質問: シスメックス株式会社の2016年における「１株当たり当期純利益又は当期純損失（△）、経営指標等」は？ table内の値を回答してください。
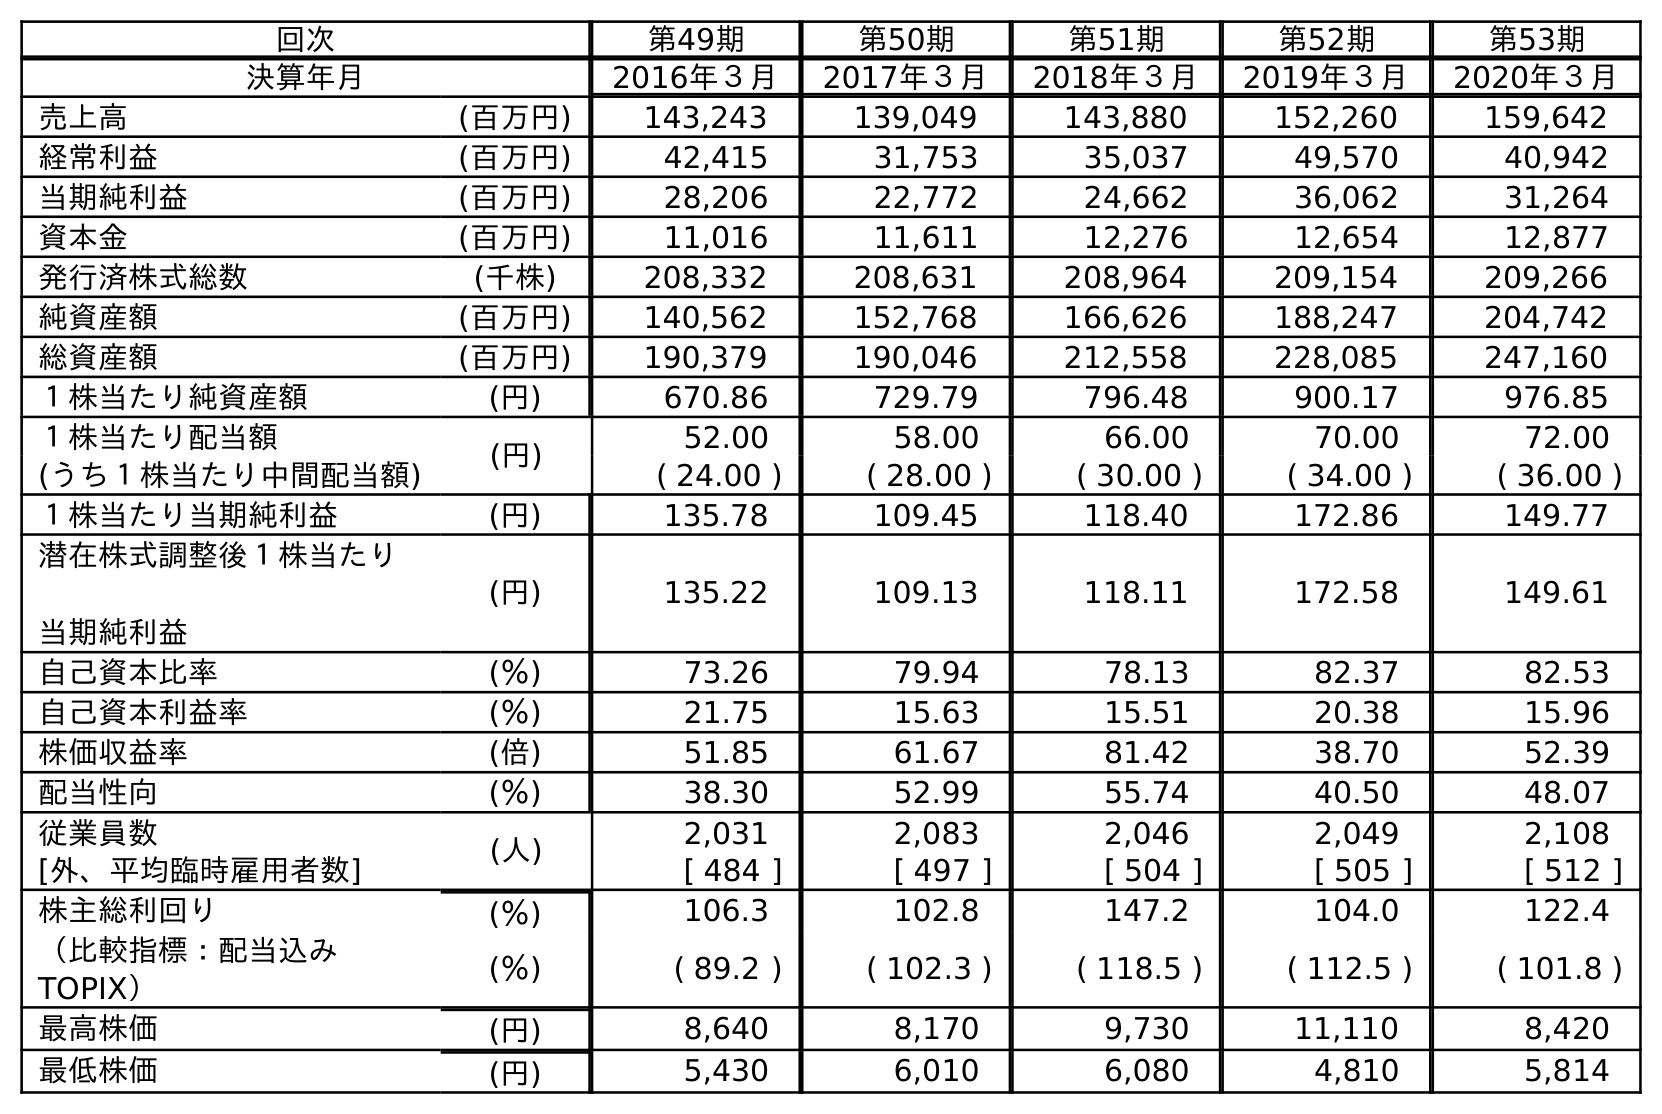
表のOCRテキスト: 回次 第49期 第50期 第51期 第52期 第53期 決算年月 2016年３月 2017年３月 2018年３月 2019年３月 2020年３月 売上高 (百万円) 143,243 139,049 143,880 152,260 159,642 経常利益 (百万円) 42,415 31,753 35,037 49,570 40,942 当期純利益 (百万円) 28,206 22,772 24,662 36,062 31,264 資本金 (百万円) 11,016 11,611 12,276 12,654 12,877 発行済株式総数 (千株) 208,332 208,631 208,964 209,154 209,266 純資産額 (百万円) 140,562 152,768 166,626 188,247 204,742 総資産額 (百万円) 190,379 190,046 212,558 228,085 247,160 １株当たり純資産額 (円) 670.86 729.79 796.48 900.17 976.85 １株当たり配当額 (円) 52.00 58.00 66.00 70.00 72.00 (うち１株当たり中間配当額) ( 24.00 ) ( 28.00 ) ( 30.00 ) ( 34.00 ) ( 36.00 ) １株当たり当期純利益 (円) 135.78 109.45 118.40 172.86 149.77 潜在株式調整後１株当たり 当期純利益 (円) 135.22 109.13 118.11 172.58 149.61 自己資本比率 (％) 73.26 79.94 78.13 82.37 82.53 自己資本利益率 (％) 21.75 15.63 15.51 20.38 15.96 株価収益率 (倍) 51.85 61.67 81.42 38.70 52.39 配当性向 (％) 38.30 52.99 55.74 40.50 48.07 従業員数 (人) 2,031 2,083 2,046 2,049 2,108 [外、平均臨時雇用者数] [ 484 ] [ 497 ] [ 504 ] [ 505 ] [ 512 ] 株主総利回り (％) 106.3 102.8 147.2 104.0 122.4 （比較指標：配当込み TOPIX） (％) ( 89.2 ) ( 102.3 ) ( 118.5 ) ( 112.5 ) ( 101.8 ) 最高株価 (円) 8,640 8,170 9,730 11,110 8,420 最低株価 (円) 5,430 6,010 6,080 4,810 5,814
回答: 135.78